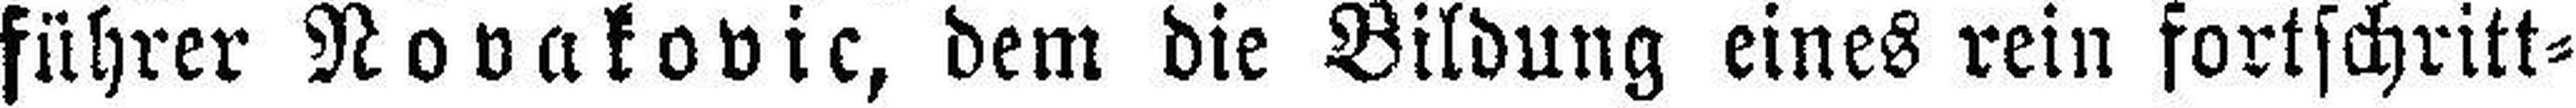
führer Novakovic, dem die Bildung eines rein fortschritt¬